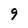
Character: 9